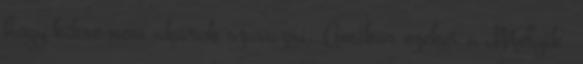
hogy kikre nem akarok szavazni. Amikor ezeket a „Melyik.